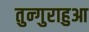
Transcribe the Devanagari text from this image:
तुन्गुराहुआ